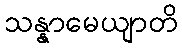
သန္နာမေယျာတိ